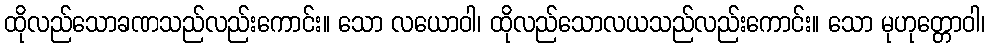
ထိုလည်သောခဏသည်လည်းကောင်း။ သော လယောဝါ၊ ထိုလည်သောလယသည်လည်းကောင်း။ သော မုဟုတ္တောဝါ၊